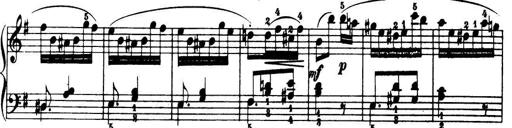
Title: 32 Sonatinas and Rondos for the Piano
Composer: Richard Kleinmichel